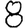
Digit: 8